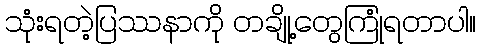
သုံးရတဲ့ပြဿနာကို တချို့တွေကြုံရတာပါ။